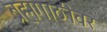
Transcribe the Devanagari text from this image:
ब्रह्मगाठीवर